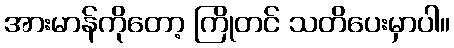
အားမာန်ကိုတော့ ကြိုတင် သတိပေးမှာပါ။